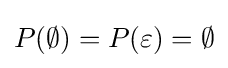
P(\emptyset )=P(\varepsilon )=\emptyset